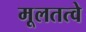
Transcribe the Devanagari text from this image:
मूलतत्वे